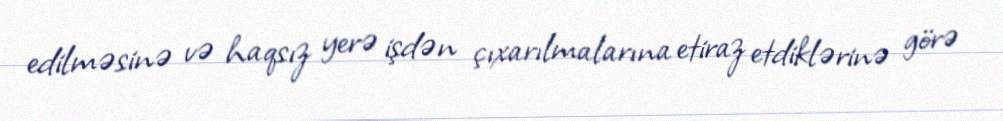
edilməsinə və haqsız yerə işdən çıxarılmalarına etiraz etdiklərinə görə